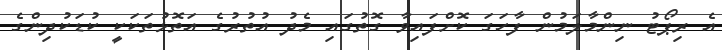
އެ ރިޕޯޓު ނިންމާލަމުން ފާހަގަ ކޮށްފައިވާ ގޮތުގައި މެދު އުތުރުގެ އަތޮޅުތަކަކީ ކުޑަކުދިންގެ